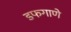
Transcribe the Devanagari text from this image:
डफगाणे